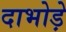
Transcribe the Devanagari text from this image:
दाभोड़े